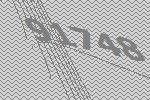
91748